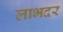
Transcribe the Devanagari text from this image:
लाभदर